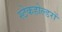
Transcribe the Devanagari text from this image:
स्टेकहोल्डरों